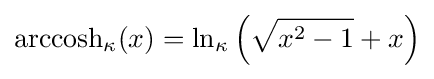
{\rm {arccosh}}_{\kappa }(x)=\ln _{\kappa }\left({\sqrt {x^{2}-1}}+x\right)